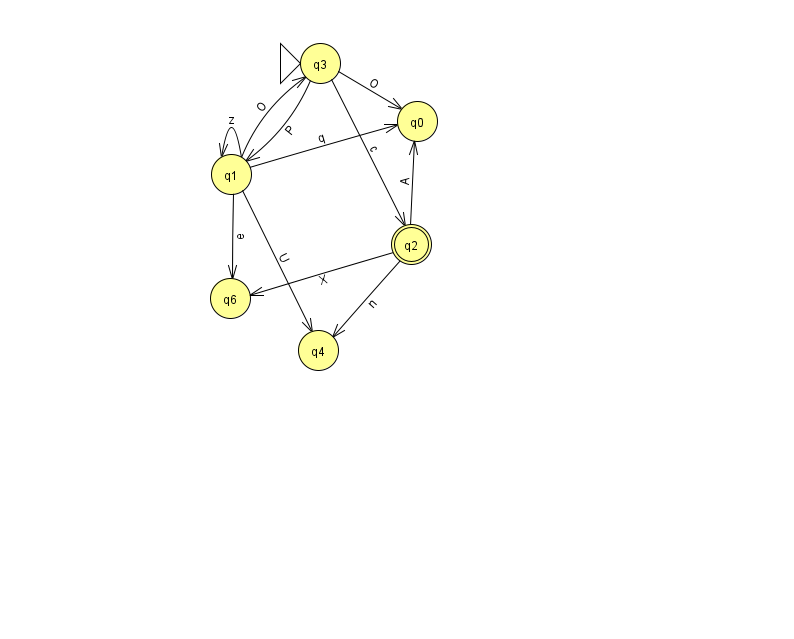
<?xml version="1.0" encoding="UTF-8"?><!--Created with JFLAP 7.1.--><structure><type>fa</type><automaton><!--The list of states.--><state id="0" name="q0"><x>417.0</x><y>108.0</y></state><state id="1" name="q1"><x>231.0</x><y>161.0</y></state><state id="2" name="q2"><x>411.0</x><y>231.0</y><final/></state><state id="3" name="q3"><x>320.0</x><y>50.0</y><initial/></state><state id="4" name="q4"><x>318.0</x><y>337.0</y></state><state id="6" name="q6"><x>230.0</x><y>285.0</y></state><!--The list of transitions.--><transition><from>3</from><to>1</to><read>P</read></transition><transition><from>2</from><to>6</to><read>X</read></transition><transition><from>1</from><to>0</to><read>q</read></transition><transition><from>1</from><to>6</to><read>e</read></transition><transition><from>2</from><to>4</to><read>n</read></transition><transition><from>3</from><to>0</to><read>O</read></transition><transition><from>1</from><to>1</to><read>z</read></transition><transition><from>1</from><to>4</to><read>U</read></transition><transition><from>3</from><to>2</to><read>c</read></transition><transition><from>1</from><to>3</to><read>O</read></transition><transition><from>2</from><to>0</to><read>A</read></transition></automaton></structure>